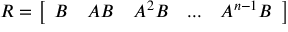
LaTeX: R = { \left[ \begin{array} { l l l l l } { B } & { A B } & { A ^ { 2 } B } & { . . . } & { A ^ { n - 1 } B } \end{array} \right] }